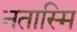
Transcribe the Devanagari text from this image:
नतास्मि